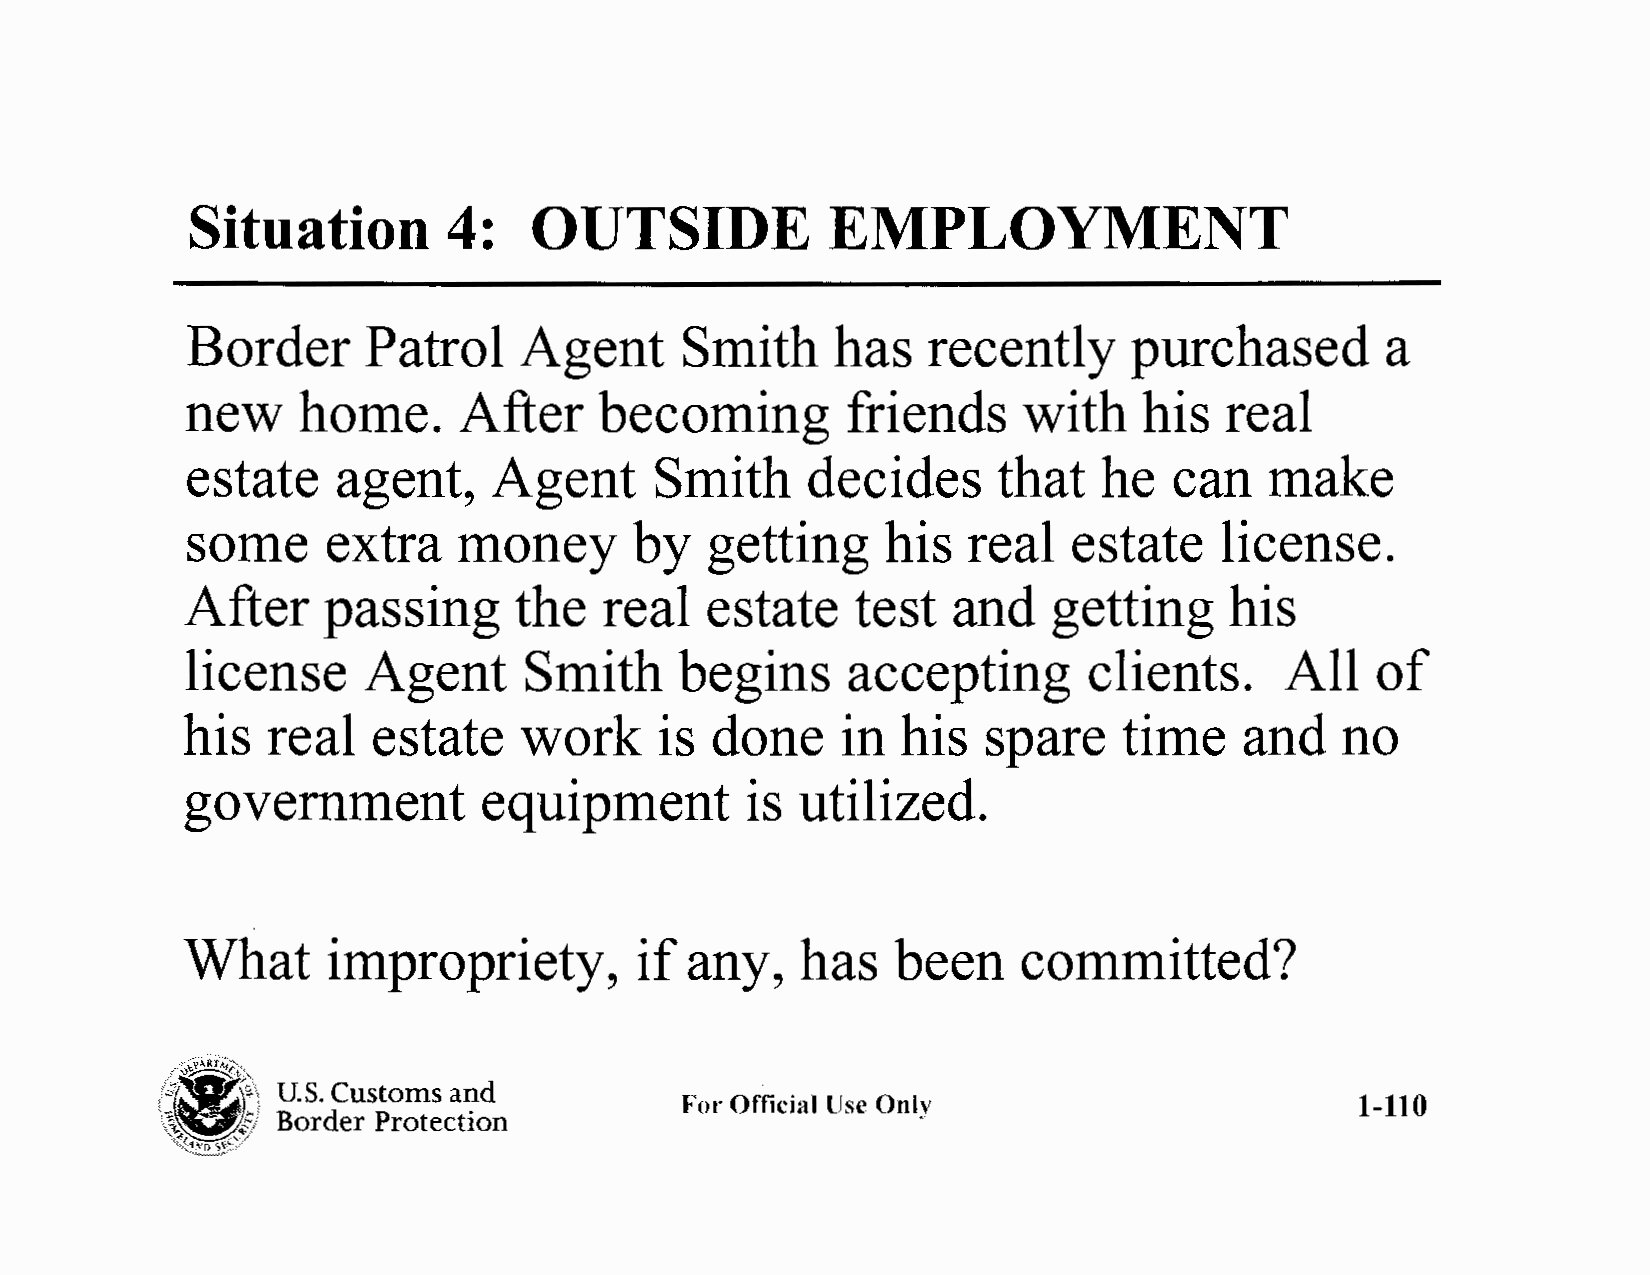
Situation        4:   OUTSIDE             EMPLOYMENT
 Border      Patrol    Agent      Smith     has   recently      purchased        a
 new     home.     After     becoming        friends     with    his  real
 estate    agent,     Agent     Smith     decides      that   he   can   make
 some      extra   money       by   getting     his  real   estate    license.
 After    passing      the   real   estate    test  and    getting    his
 license     Agent      Smith     begins     accepting       clients.     All   of
 his   real   estate   work      is done     in  his  spare    time    and    no
 government          equipment        is  utilized.
 What      impropriety,        if  any,   has   been     committed?
 . ·v~RY:'~,"
 l~,a7?-{.Jz~t)"~:,,
 0 U.S. Customs and
 ~·~~f{/\                          For Official lJse Only                       1-110
 Border Protection
 \"{t 1\11.'D S~~~",/
 "'~¼=,,.....,,<""'